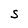
Character: S